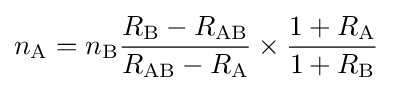
n_{\mathrm {A} }=n_{\mathrm {B} }{\frac {R_{\mathrm {B} }-R_{\mathrm {AB} }}{R_{\mathrm {AB} }-R_{\mathrm {A} }}}\times {\frac {1+R_{\mathrm {A} }}{1+R_{\mathrm {B} }}}